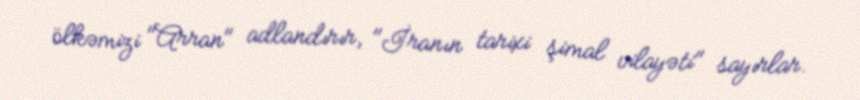
ölkəmizi "Arran" adlandırır, "İranın tarixi şimal vilayəti" sayırlar.